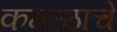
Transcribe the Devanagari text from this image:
कमळाचें